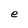
Character: e